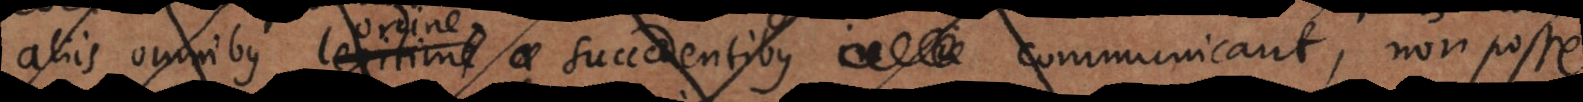
aliis omnibus legitime succedentibus communicant, non posse